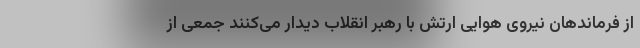
از فرماندهان نیروی هوایی ارتش با رهبر انقلاب دیدار می‌کنند جمعی از